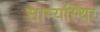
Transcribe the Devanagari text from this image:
साम्यस्थिर